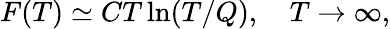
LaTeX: F(T)\simeq CT\ln(T/Q),\quad T\to\infty,